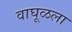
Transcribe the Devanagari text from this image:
वाघूळला